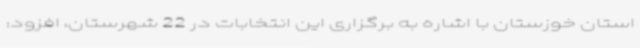
استان خوزستان با اشاره به برگزاری این انتخابات در 22 شهرستان، افزود: